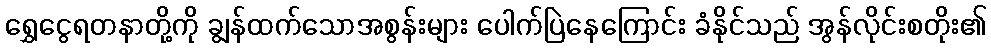
ရွှေငွေရတနာတို့ကို ချွန်ထက်သောအစွန်းများ ပေါက်ပြဲနေကြောင်း ခံနိုင်သည် အွန်လိုင်းစတိုး၏